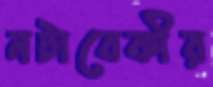
নটাবেকীর